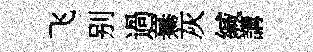
飞别過驀灰緘講